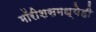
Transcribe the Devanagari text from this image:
मॉरीशसमध्येही